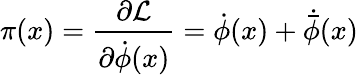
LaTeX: \pi(x)=\frac{\partial{\cal L}}{\partial{\dot{\phi}}(x)}={\dot{\phi}}(x)+{\dot{\bar{\phi}}}(x)